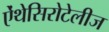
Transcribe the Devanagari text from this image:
ऐंथेसिरोटेलीज